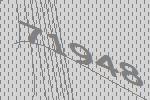
71948